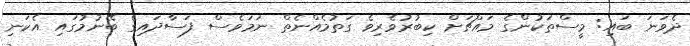
ދެވަނަ ބައި: މީސްތަކުންގެ މައްޗަށް ކިބުރުވެރިވެ ގަތުމެއްނެތް ނަމަވެސް ފަސާދައިގެ ބޭނުމުގައި އެކަނި